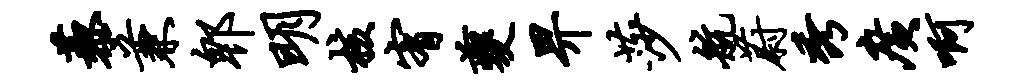
藜兼郫明核宥夔畀莎航蔚秀广啊